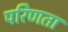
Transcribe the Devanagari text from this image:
परिणता